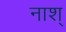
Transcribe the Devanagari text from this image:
नाश्